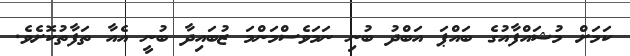
ކަމަށް މުޝައްފާއުގެ ބައްޕަ އަބްދު ބުނި ނަމަވެސްމަންމަ ޒުބައިދާ ބުނީ އެއާ ތަފާތުކޮށެވެ.